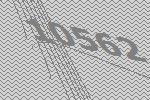
10562